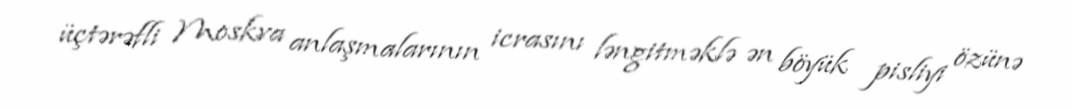
üçtərəfli Moskva anlaşmalarının icrasını ləngitməklə ən böyük pisliyi özünə